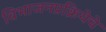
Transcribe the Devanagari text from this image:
विभाजनप्रक्रियेचे